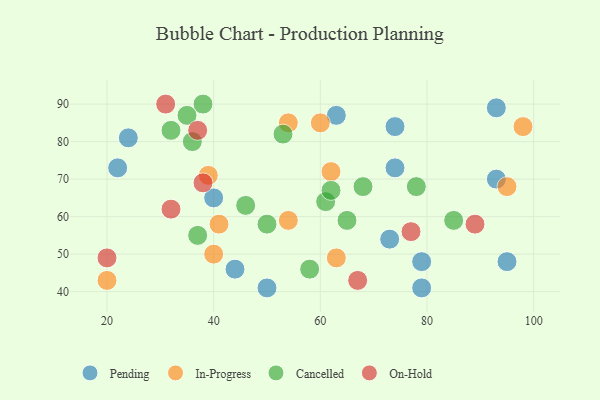
{"axis": {"x": "GDP", "y": "Life Expectancy"}, "legend": ["Cancelled", "In-Progress", "On-Hold", "Pending"], "data": [{"x": "74", "y": 84, "type": "Pending"}, {"x": "44", "y": 46, "type": "Pending"}, {"x": "73", "y": 54, "type": "Pending"}, {"x": "93", "y": 89, "type": "Pending"}, {"x": "93", "y": 70, "type": "Pending"}, {"x": "79", "y": 41, "type": "Pending"}, {"x": "40", "y": 65, "type": "Pending"}, {"x": "95", "y": 48, "type": "Pending"}, {"x": "50", "y": 41, "type": "Pending"}, {"x": "24", "y": 81, "type": "Pending"}, {"x": "79", "y": 48, "type": "Pending"}, {"x": "63", "y": 87, "type": "Pending"}, {"x": "74", "y": 73, "type": "Pending"}, {"x": "22", "y": 73, "type": "Pending"}, {"x": "41", "y": 58, "type": "In-Progress"}, {"x": "20", "y": 43, "type": "In-Progress"}, {"x": "60", "y": 85, "type": "In-Progress"}, {"x": "63", "y": 49, "type": "In-Progress"}, {"x": "62", "y": 72, "type": "In-Progress"}, {"x": "54", "y": 85, "type": "In-Progress"}, {"x": "54", "y": 59, "type": "In-Progress"}, {"x": "98", "y": 84, "type": "In-Progress"}, {"x": "40", "y": 50, "type": "In-Progress"}, {"x": "95", "y": 68, "type": "In-Progress"}, {"x": "39", "y": 71, "type": "In-Progress"}, {"x": "68", "y": 68, "type": "Cancelled"}, {"x": "46", "y": 63, "type": "Cancelled"}, {"x": "38", "y": 90, "type": "Cancelled"}, {"x": "50", "y": 58, "type": "Cancelled"}, {"x": "78", "y": 68, "type": "Cancelled"}, {"x": "37", "y": 55, "type": "Cancelled"}, {"x": "65", "y": 59, "type": "Cancelled"}, {"x": "61", "y": 64, "type": "Cancelled"}, {"x": "62", "y": 67, "type": "Cancelled"}, {"x": "32", "y": 83, "type": "Cancelled"}, {"x": "85", "y": 59, "type": "Cancelled"}, {"x": "58", "y": 46, "type": "Cancelled"}, {"x": "35", "y": 87, "type": "Cancelled"}, {"x": "53", "y": 82, "type": "Cancelled"}, {"x": "36", "y": 80, "type": "Cancelled"}, {"x": "32", "y": 62, "type": "On-Hold"}, {"x": "38", "y": 69, "type": "On-Hold"}, {"x": "37", "y": 83, "type": "On-Hold"}, {"x": "89", "y": 58, "type": "On-Hold"}, {"x": "67", "y": 43, "type": "On-Hold"}, {"x": "20", "y": 49, "type": "On-Hold"}, {"x": "31", "y": 90, "type": "On-Hold"}, {"x": "77", "y": 56, "type": "On-Hold"}]}